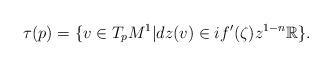
LaTeX: \begin{align*}\tau(p)=\{v\in T_pM^1|d z(v)\in if'(\zeta)z^{1-n}\mathbb{R}\}.\end{align*}